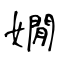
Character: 嫺